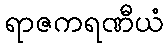
ရာဇကရဏီယံ